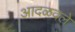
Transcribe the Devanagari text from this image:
आदळवले